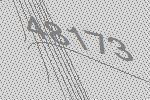
48173